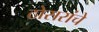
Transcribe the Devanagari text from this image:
ठोसरांचे